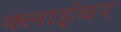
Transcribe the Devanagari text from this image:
क्लाइंबर